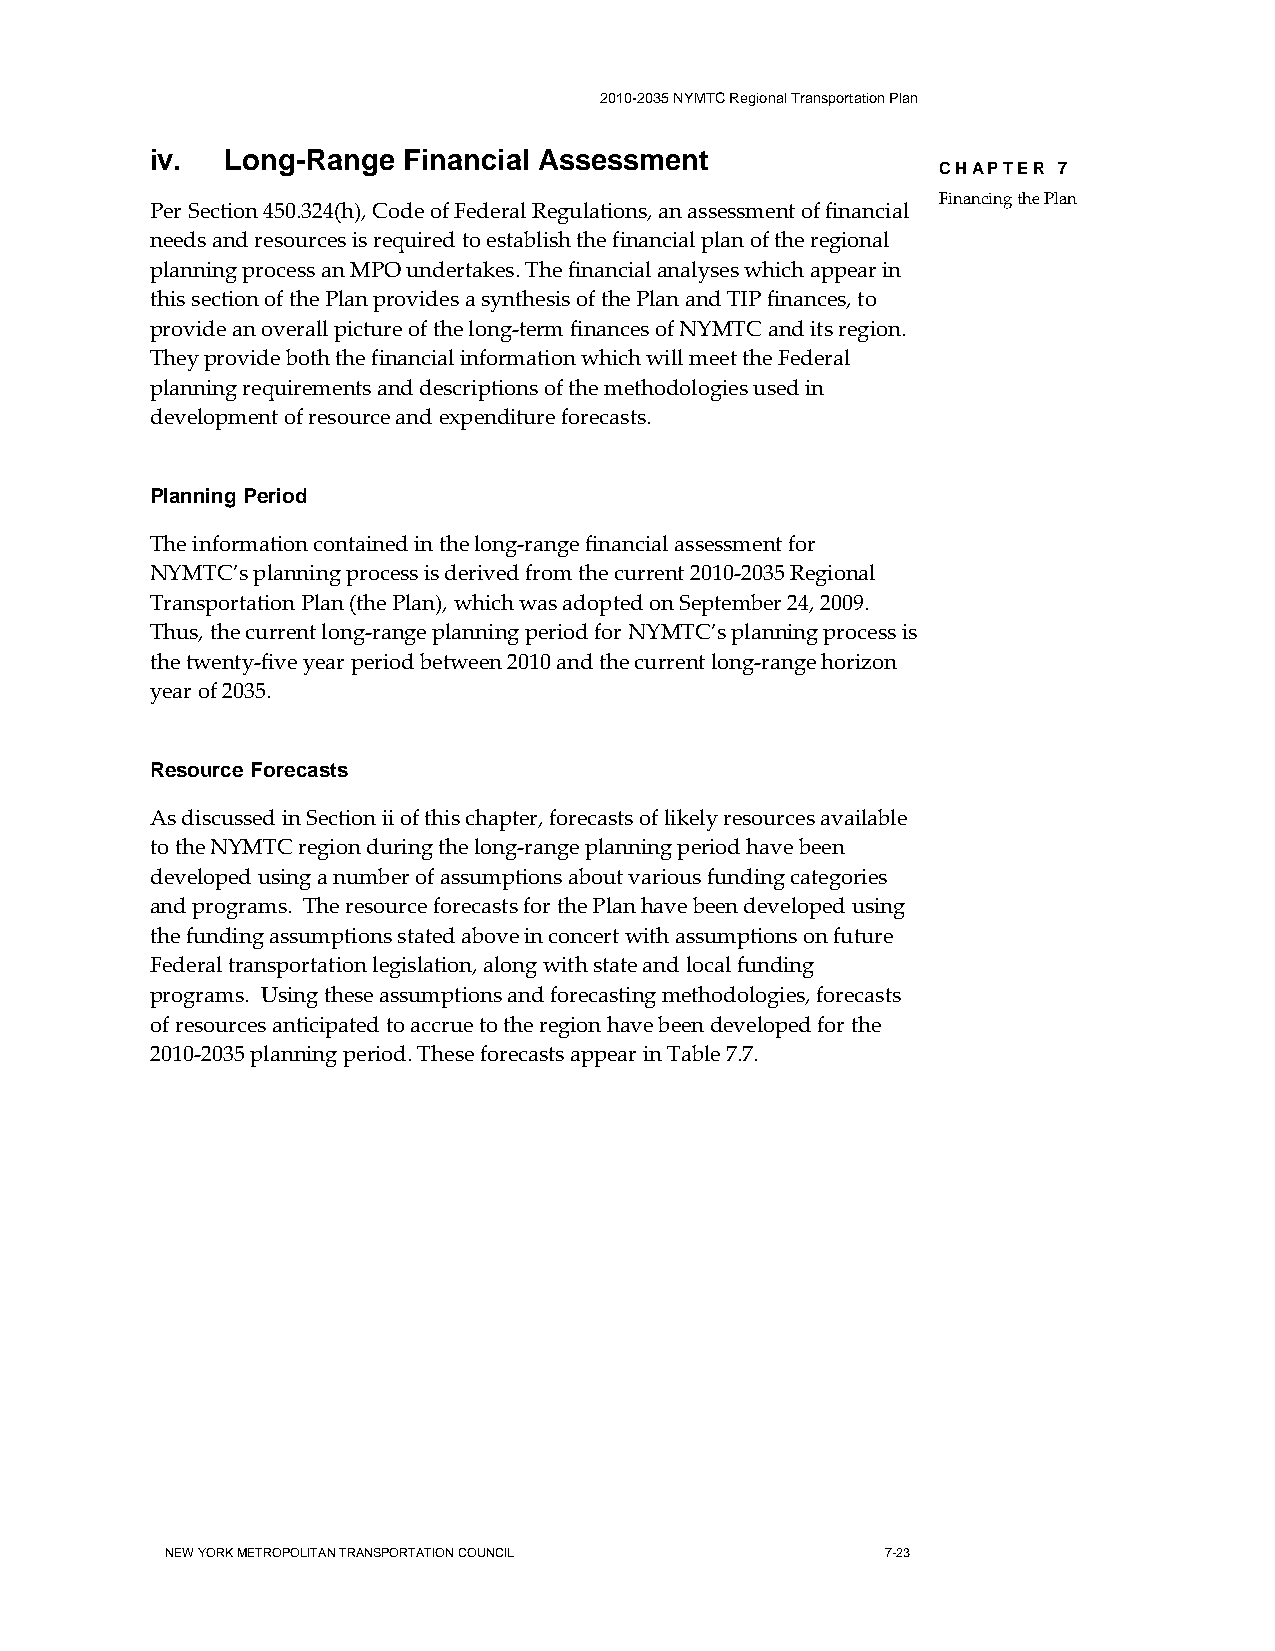
2010-2035 NYMTC Regional Transportation Plan
 iv.  Long-Range  Financial Assessment
 CHAPTER 7
 Financing the Plan
 Per Section 450.324(h), Code of Federal Regulations, an assessment of financial
 needs and resources is required to establish the financial plan of the regional
 planning process an MPO undertakes. The financial analyses which appear in
 this section of the Plan provides a synthesis of the Plan and TIP finances, to
 provide an overall picture of the long-term finances of NYMTC and its region.
 They provide both the financial information which will meet the Federal
 planning requirements and descriptions of the methodologies used in
 development of resource and expenditure forecasts.
 Planning Period
 The information contained in the long-range financial assessment for
 NYMTC’s planning process is derived from the current 2010-2035 Regional
 Transportation Plan (the Plan), which was adopted on September 24, 2009.
 Thus, the current long-range planning period for NYMTC’s planning process is
 the twenty-five year period between 2010 and the current long-range horizon
 year of 2035.
 Resource Forecasts
 As discussed in Section ii of this chapter, forecasts of likely resources available
 to the NYMTC region during the long-range planning period have been
 developed using a number of assumptions about various funding categories
 and programs. The resource forecasts for the Plan have been developed using
 the funding assumptions stated above in concert with assumptions on future
 Federal transportation legislation, along with state and local funding
 programs. Using these assumptions and forecasting methodologies, forecasts
 of resources anticipated to accrue to the region have been developed for the
 2010-2035 planning period. These forecasts appear in Table 7.7.
 NEW YORK METROPOLITAN TRANSPORTATION COUNCIL    7-23